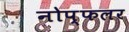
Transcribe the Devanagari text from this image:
नोप्फलर